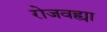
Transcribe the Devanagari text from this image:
रोजवह्या